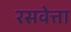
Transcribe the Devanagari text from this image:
रसवेत्ता